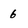
Character: 6